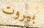
بيروت